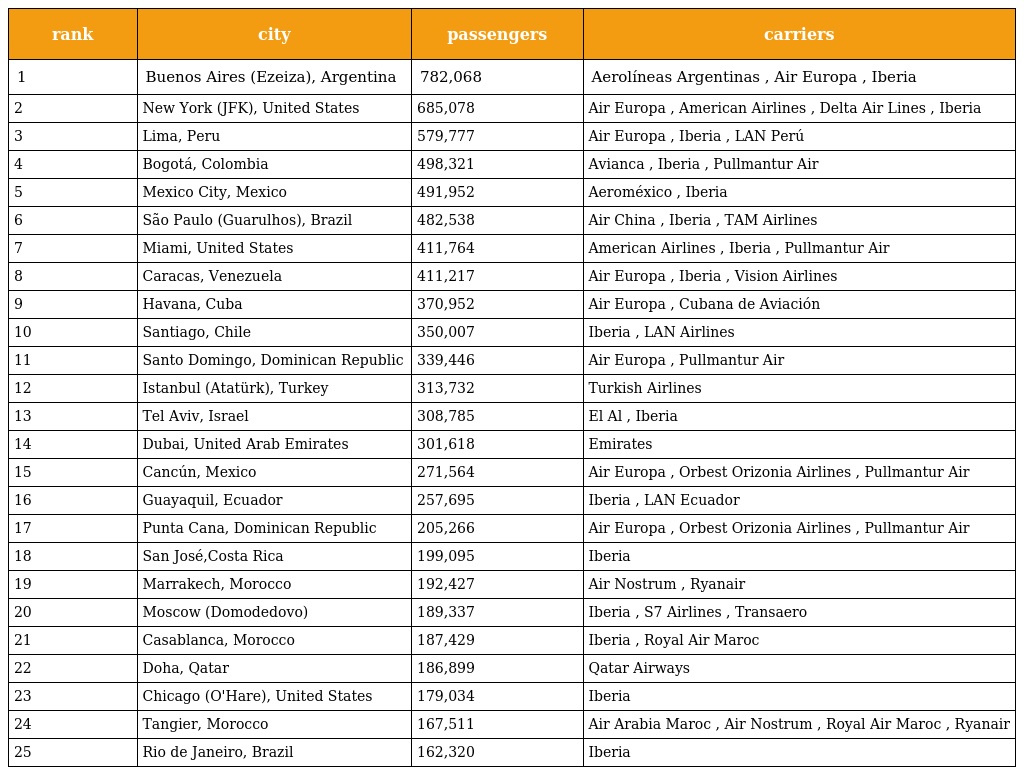
| rank | city | passengers | carriers |
 | --- | --- | --- | --- |
 | 1 | Buenos Aires (Ezeiza), Argentina | 782,068 | Aerolíneas Argentinas , Air Europa , Iberia |
 | 2 | New York (JFK), United States | 685,078 | Air Europa , American Airlines , Delta Air Lines , Iberia |
 | 3 | Lima, Peru | 579,777 | Air Europa , Iberia , LAN Perú |
 | 4 | Bogotá, Colombia | 498,321 | Avianca , Iberia , Pullmantur Air |
 | 5 | Mexico City, Mexico | 491,952 | Aeroméxico , Iberia |
 | 6 | São Paulo (Guarulhos), Brazil | 482,538 | Air China , Iberia , TAM Airlines |
 | 7 | Miami, United States | 411,764 | American Airlines , Iberia , Pullmantur Air |
 | 8 | Caracas, Venezuela | 411,217 | Air Europa , Iberia , Vision Airlines |
 | 9 | Havana, Cuba | 370,952 | Air Europa , Cubana de Aviación |
 | 10 | Santiago, Chile | 350,007 | Iberia , LAN Airlines |
 | 11 | Santo Domingo, Dominican Republic | 339,446 | Air Europa , Pullmantur Air |
 | 12 | Istanbul (Atatürk), Turkey | 313,732 | Turkish Airlines |
 | 13 | Tel Aviv, Israel | 308,785 | El Al , Iberia |
 | 14 | Dubai, United Arab Emirates | 301,618 | Emirates |
 | 15 | Cancún, Mexico | 271,564 | Air Europa , Orbest Orizonia Airlines , Pullmantur Air |
 | 16 | Guayaquil, Ecuador | 257,695 | Iberia , LAN Ecuador |
 | 17 | Punta Cana, Dominican Republic | 205,266 | Air Europa , Orbest Orizonia Airlines , Pullmantur Air |
 | 18 | San José,Costa Rica | 199,095 | Iberia |
 | 19 | Marrakech, Morocco | 192,427 | Air Nostrum , Ryanair |
 | 20 | Moscow (Domodedovo) | 189,337 | Iberia , S7 Airlines , Transaero |
 | 21 | Casablanca, Morocco | 187,429 | Iberia , Royal Air Maroc |
 | 22 | Doha, Qatar | 186,899 | Qatar Airways |
 | 23 | Chicago (O'Hare), United States | 179,034 | Iberia |
 | 24 | Tangier, Morocco | 167,511 | Air Arabia Maroc , Air Nostrum , Royal Air Maroc , Ryanair |
 | 25 | Rio de Janeiro, Brazil | 162,320 | Iberia |